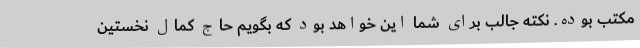
مکتب بوده. نکته جالب برای شما این خواهد بود که بگویم حاج کمال نخستین